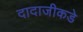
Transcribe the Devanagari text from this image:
दादाजीकडे